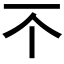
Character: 𫠡